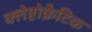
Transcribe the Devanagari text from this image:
क्लेप्टोक्रैटिक